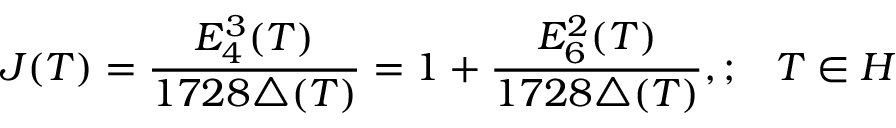
J ( T ) = \frac { E _ { 4 } ^ { 3 } ( T ) } { 1 7 2 8 \triangle ( T ) } = 1 + \frac { E _ { 6 } ^ { 2 } ( T ) } { 1 7 2 8 \triangle ( T ) } , ; \; \; \; T \in H